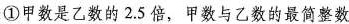
①甲数是乙数的2.5倍，甲数与乙数的最简整数